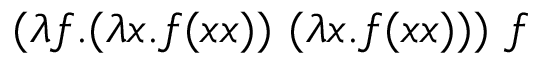
( \lambda f . ( \lambda x . f ( x x ) ) \ ( \lambda x . f ( x x ) ) ) \ f